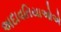
અદાવતિયાઓએ